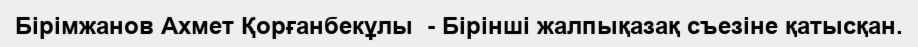
Бірімжанов Ахмет Қорғанбекұлы  - Бірінші жалпықазақ съезіне қатысқан.